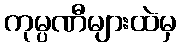
ကုမ္ပဏီများထဲမှ